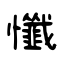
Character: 懺